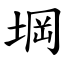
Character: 堈